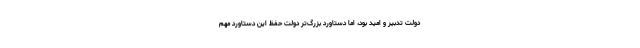
دولت تدبیر و امید بود، اما دستاورد بزرگ‌تر دولت حفظ این دستاورد مهم